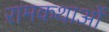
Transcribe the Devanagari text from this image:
रामकथाओं